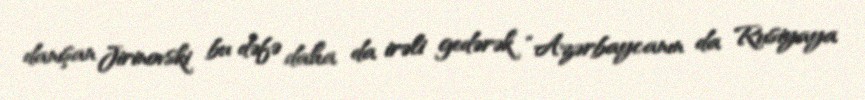
danışan Jirinovski bu dəfə daha da irəli gedərək “Azərbaycanın da Rusiyaya